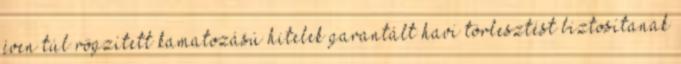
éven túl rögzített kamatozású hitelek garantált havi törlesztést biztosítanak